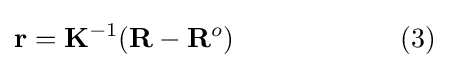
\mathbf {r} =\mathbf {K} ^{-1}(\mathbf {R} -\mathbf {R} ^{o})\qquad \qquad \qquad \mathrm {(3)}